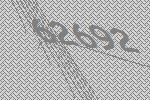
62692